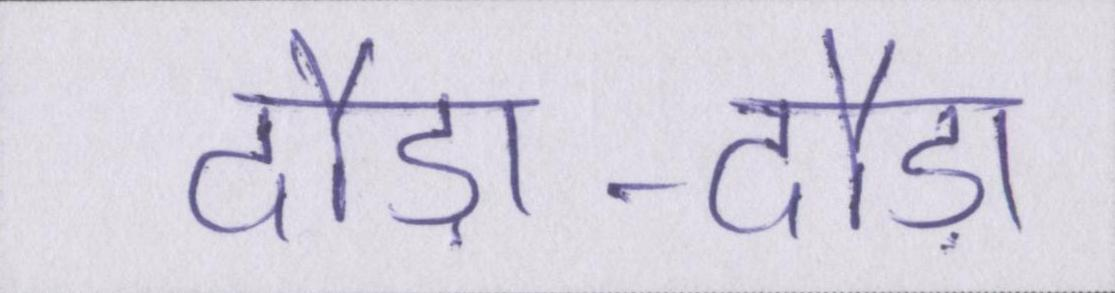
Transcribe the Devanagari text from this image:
दौड़ा-दौड़ा